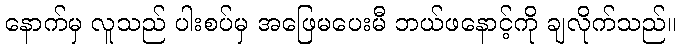
နောက်မှ လူသည် ပါးစပ်မှ အဖြေမပေးမီ ဘယ်ဖနောင့်ကို ချလိုက်သည်။